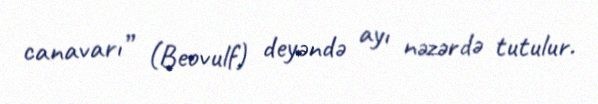
canavarı” (Beovulf) deyəndə ayı nəzərdə tutulur.